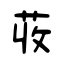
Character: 荍